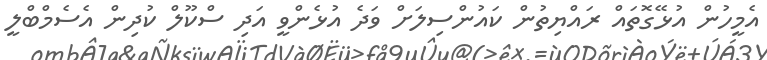
އެމީހުން އުޅޭގޮތައް ރައްޔިތުން ކައުންސިލަށް ވަދެ އުޅެންވީ އަދި ސްކޫލް ކުދިން އެސެމްބްލީ